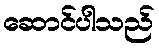
ဆောင်ပါသည်